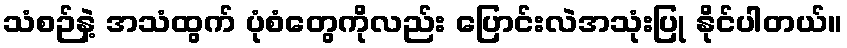
သံစဉ်နဲ့ အသံထွက် ပုံစံတွေကိုလည်း ပြောင်းလဲအသုံးပြု နိုင်ပါတယ်။